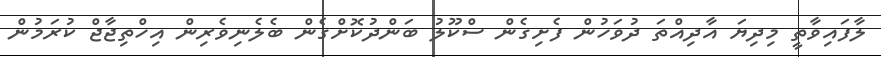
ލާފައިވާތީ މިދިޔަ އާދިއްތަ ދުވަހުން ފެށިގެން ސްކޫލު ބަންދުކޮށްގެން ބެލެނިވެރިން އިހްތިޖާޖް ކުރަމުން